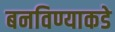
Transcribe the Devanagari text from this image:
बनविण्याकडे